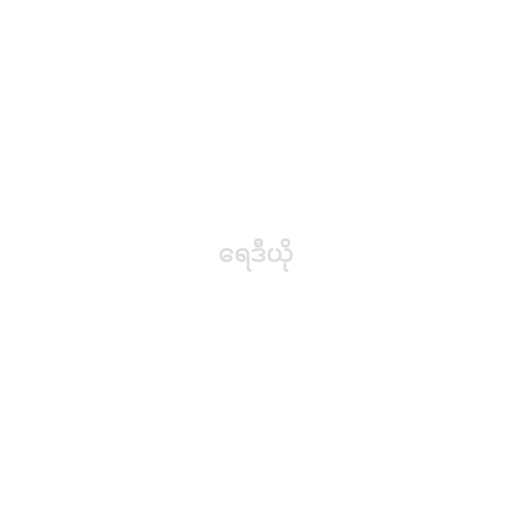
ရေဒီယို